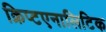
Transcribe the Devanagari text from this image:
क्रिप्टएनालिटिक